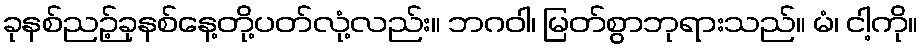
ခုနစ်ညဉ့်ခုနစ်နေ့တို့ပတ်လုံ့လည်း။ ဘဂဝါ၊ မြတ်စွာဘုရားသည်။ မံ၊ ငါ့ကို။